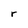
Character: r